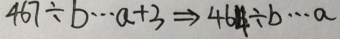
4 6 7 \div b \cdots a + 3 \Rightarrow 4 6 4 \div b \cdots a